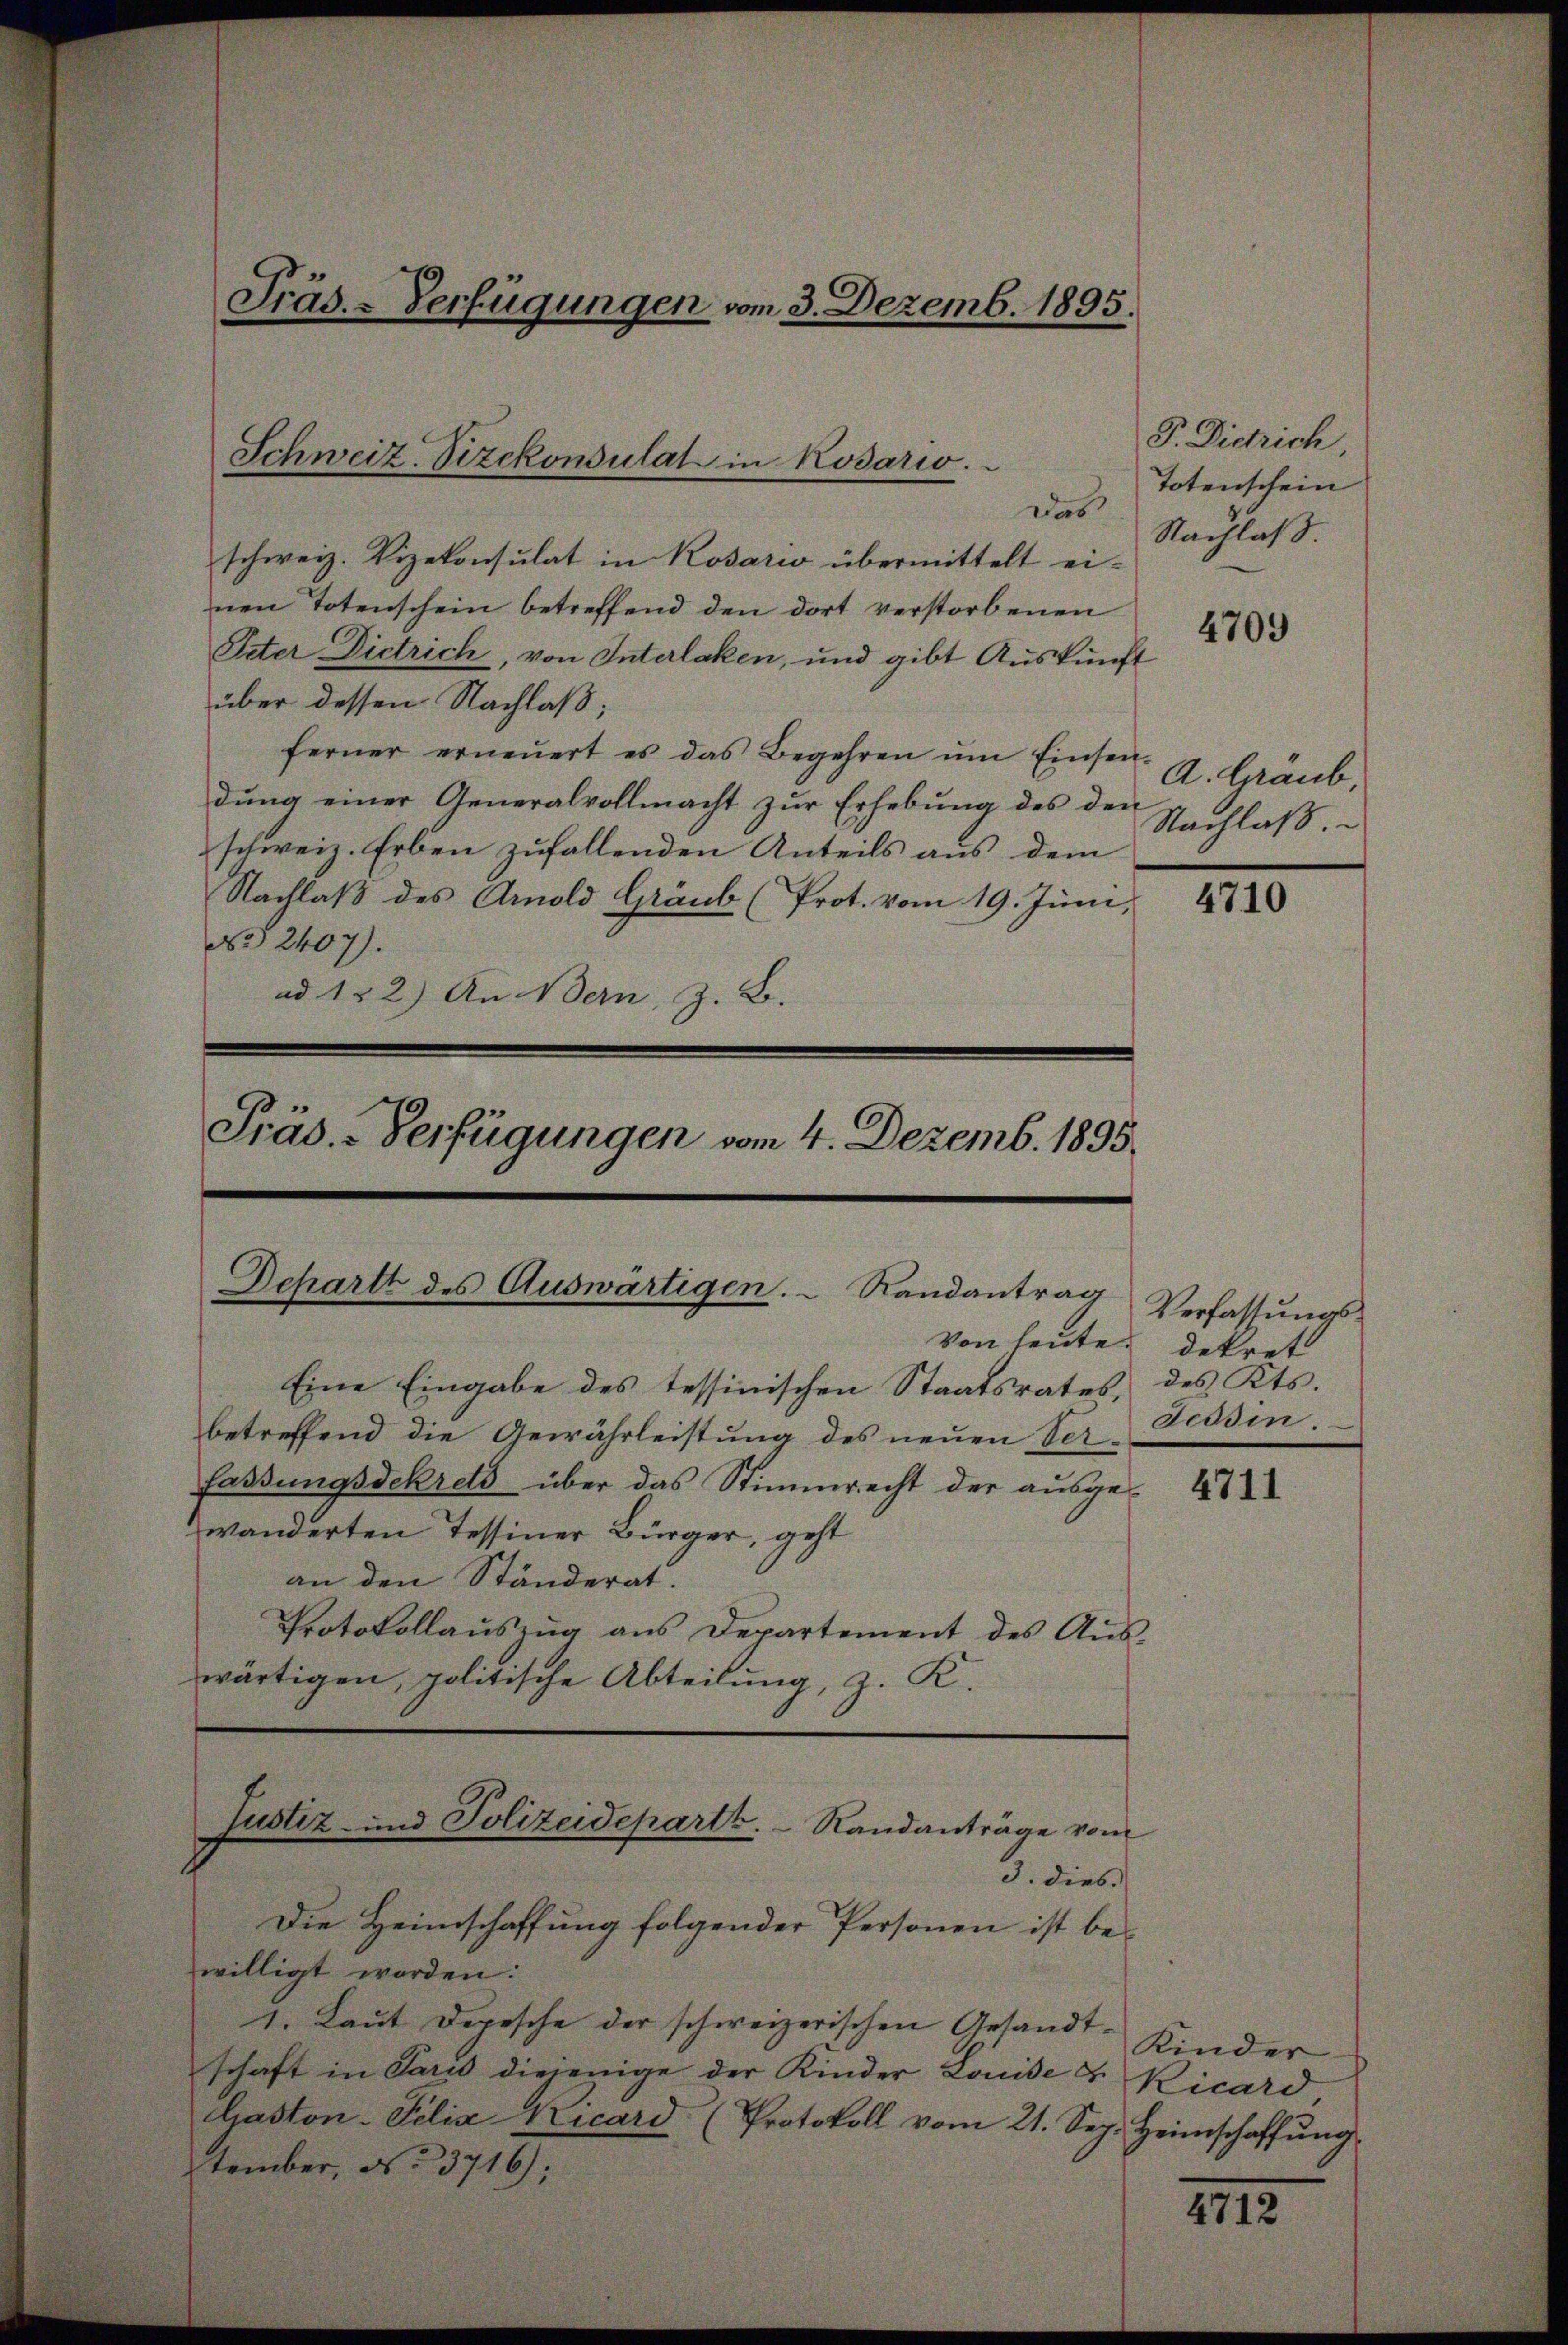
Fräs. - Verfügungen vom 3. Dezemb. 1895.

Schweiz. Vizekonsulat in Kosario.

Das
schweiz. Vizekonsulat in Kosario übermittelt ei-
nen Totenschein betreffend den dort verstorbenen
Inter Dietrich, von Interlaken, und gibt Auskunft
über dessen Nachlaß;
ferner erneŭert es das Begehren ŭm Einsen-
dŭng einer Generalvollmacht zŭr Erhebŭng des den
schweiz. Erben zufallenden Anteils aus dem
Nachlaβ des Arnold Graub (Prot. vom 19. Juni,
No 2407).
ad 122) An Bern, z. B.

Präs. - Verfügungen vom 4. Dezemb. 1895.

Dchartt des Auswärtigen. - Randantrag

Von heute dekret
Eine Eingabe des tessinischen Staatsrates, des Kts.
betreffend die Gewährleistung des neuen Ver- Ecodin.
fassungsdekrets über das Stimmrecht der ausgewanderten Tessiner Bürger, geht
an den Ständerat.
Protokollaŭszŭg ans Departement des Aŭs-
wärtigen, politische Abteilung, z. K.

Justiz- und Polizeidepartz.  Randanträge vom
3. dies

Die Heimschaffung folgender Personen ist bewilligt worden.
1. Laŭt Depesche der schweizerischen Gesandt-
schaft in Paris diejenige der Kinder Louise & Kicard,
Gaston-Felix Kicard (Protokoll vom 21. Sep. Heimschaffŭng
tember, No 3716);

P. Didrich,
Totenschein
Nachlaß

4709

A. Graub,
Nachlaß.

4710

Verfassungs¬

4711

Kinder

IIII